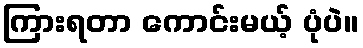
ကြားရတာ ကောင်းမယ့် ပုံပဲ။